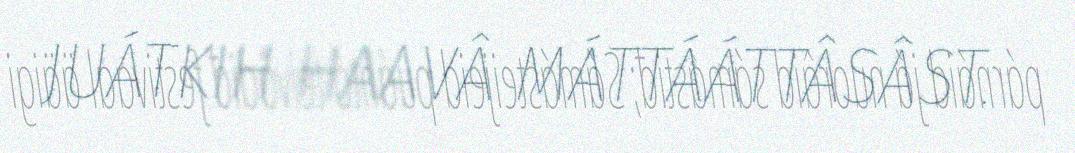
JUÁTKIH HAAVÂ MÁTTÁÁTTÂSÂST.